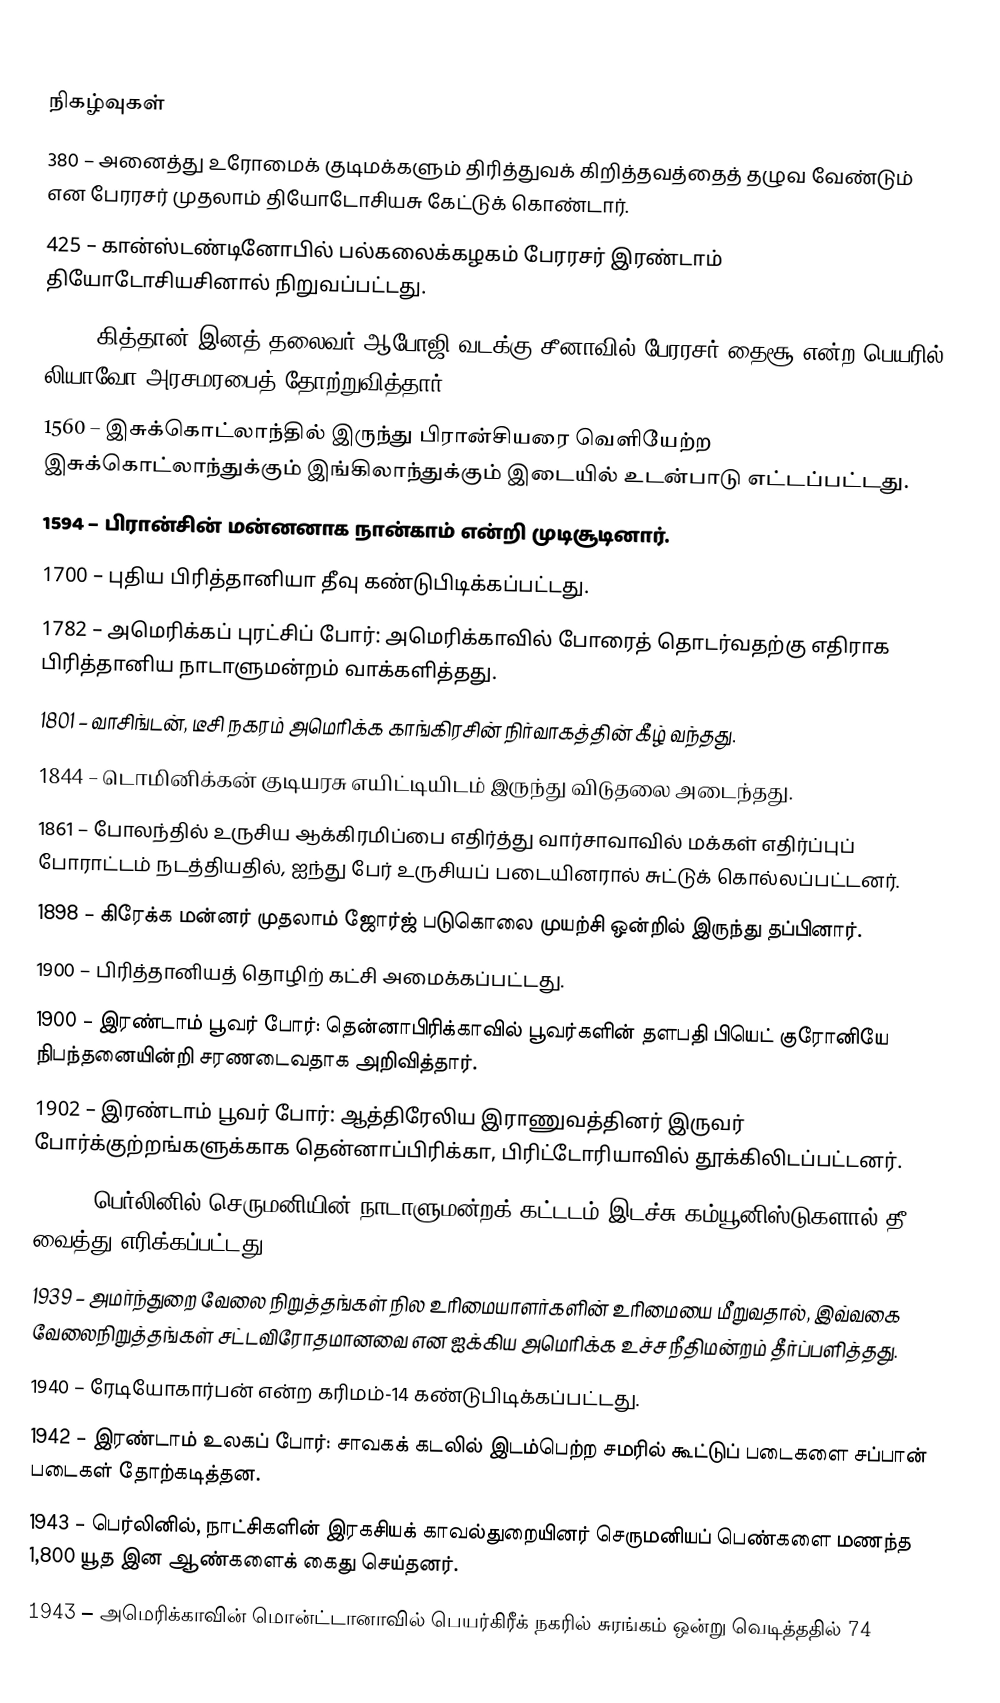

நிகழ்வுகள்
 380 – அனைத்து உரோமைக் குடிமக்களும் திரித்துவக் கிறித்தவத்தைத் தழுவ வேண்டும் என பேரரசர் முதலாம் தியோடோசியசு கேட்டுக் கொண்டார்.
 425 – கான்ஸ்டண்டினோபில் பல்கலைக்கழகம் பேரரசர் இரண்டாம் தியோடோசியசினால் நிறுவப்பட்டது.
 907 – கித்தான் இனத் தலைவர் ஆபோஜி வடக்கு சீனாவில் பேரரசர் தைசூ என்ற பெயரில் லியாவோ அரசமரபைத் தோற்றுவித்தார்.
1560 – இசுக்கொட்லாந்தில் இருந்து பிரான்சியரை வெளியேற்ற இசுக்கொட்லாந்துக்கும் இங்கிலாந்துக்கும் இடையில் உடன்பாடு எட்டப்பட்டது.
1594 – பிரான்சின் மன்னனாக நான்காம் என்றி முடிசூடினார்.
1700 – புதிய பிரித்தானியா தீவு கண்டுபிடிக்கப்பட்டது.
1782 – அமெரிக்கப் புரட்சிப் போர்: அமெரிக்காவில் போரைத் தொடர்வதற்கு எதிராக பிரித்தானிய நாடாளுமன்றம் வாக்களித்தது.
1801 – வாசிங்டன், டீசி நகரம் அமெரிக்க காங்கிரசின் நிர்வாகத்தின் கீழ் வந்தது.
1844 – டொமினிக்கன் குடியரசு எயிட்டியிடம் இருந்து விடுதலை அடைந்தது.
1861 – போலந்தில் உருசிய ஆக்கிரமிப்பை எதிர்த்து வார்சாவாவில் மக்கள் எதிர்ப்புப் போராட்டம் நடத்தியதில், ஐந்து பேர் உருசியப் படையினரால் சுட்டுக் கொல்லப்பட்டனர்.
1898 – கிரேக்க மன்னர் முதலாம் ஜோர்ஜ் படுகொலை முயற்சி ஒன்றில் இருந்து தப்பினார்.
1900 – பிரித்தானியத் தொழிற் கட்சி அமைக்கப்பட்டது.
1900 – இரண்டாம் பூவர் போர்: தென்னாபிரிக்காவில் பூவர்களின் தளபதி பியெட் குரோனியே நிபந்தனையின்றி சரணடைவதாக அறிவித்தார்.
1902 – இரண்டாம் பூவர் போர்: ஆத்திரேலிய இராணுவத்தினர் இருவர் போர்க்குற்றங்களுக்காக தென்னாப்பிரிக்கா, பிரிட்டோரியாவில் தூக்கிலிடப்பட்டனர்.
1933 – பெர்லினில் செருமனியின் நாடாளுமன்றக் கட்டடம் இடச்சு கம்யூனிஸ்டுகளால் தீ வைத்து எரிக்கப்பட்டது.
1939 – அமர்ந்துறை வேலை நிறுத்தங்கள் நில உரிமையாளர்களின் உரிமையை மீறுவதால், இவ்வகை வேலைநிறுத்தங்கள் சட்டவிரோதமானவை என ஐக்கிய அமெரிக்க உச்ச நீதிமன்றம் தீர்ப்பளித்தது.
1940 – ரேடியோகார்பன் என்ற கரிமம்-14 கண்டுபிடிக்கப்பட்டது.
1942 – இரண்டாம் உலகப் போர்: சாவகக் கடலில் இடம்பெற்ற சமரில் கூட்டுப் படைகளை சப்பான் படைகள் தோற்கடித்தன.
1943 – பெர்லினில், நாட்சிகளின் இரகசியக் காவல்துறையினர் செருமனியப் பெண்களை மணந்த 1,800 யூத இன ஆண்களைக் கைது செய்தனர்.
1943 – அமெரிக்காவின் மொன்ட்டானாவில் பெயர்கிரீக் நகரில் சுரங்கம் ஒன்று வெடித்ததில் 74